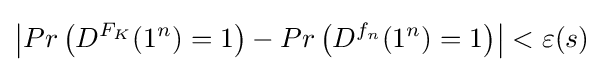
\left|Pr\left(D^{F_{K}}(1^{n})=1\right)-Pr\left(D^{f_{n}}(1^{n})=1\right)\right|<\varepsilon (s)